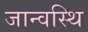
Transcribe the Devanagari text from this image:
जान्वस्थि